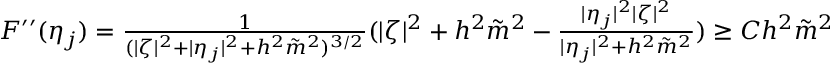
\begin{array} { r } { F ^ { \prime \prime } ( \eta _ { j } ) = \frac { 1 } { ( \lvert \zeta \rvert ^ { 2 } + \lvert \eta _ { j } \rvert ^ { 2 } + h ^ { 2 } \tilde { m } ^ { 2 } ) ^ { 3 / 2 } } ( | \zeta | ^ { 2 } + h ^ { 2 } \tilde { m } ^ { 2 } - \frac { | \eta _ { j } | ^ { 2 } | \zeta | ^ { 2 } } { | \eta _ { j } | ^ { 2 } + h ^ { 2 } \tilde { m } ^ { 2 } } ) \geq C h ^ { 2 } \tilde { m } ^ { 2 } } \end{array}